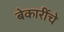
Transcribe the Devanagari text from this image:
बेकारींचे